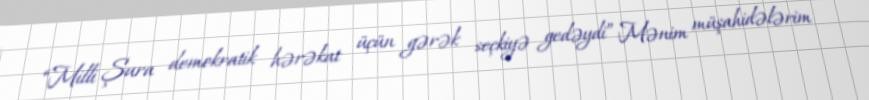
“Milli Şura demokratik hərəkat üçün gərək seçkiyə gedəydi” Mənim müşahidələrim